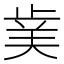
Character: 𭭥